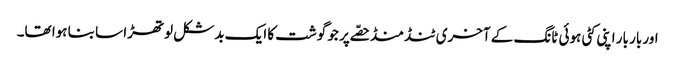
اور بار بار اپنی کٹی ہوئی ٹانگ کے آخری ٹنڈ منڈ حصّے پر جو گوشت کا ایک بدشکل لوتھڑا سا بنا ہوا تھا۔